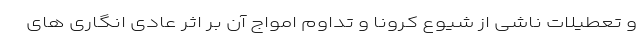
و تعطیلات ناشی از شیوع کرونا و تداوم امواج آن بر اثر عادی انگاری های